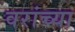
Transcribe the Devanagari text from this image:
वरांच्या